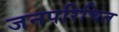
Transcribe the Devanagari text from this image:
जनपरिचित